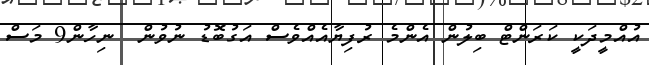
އުއްމީދަކީ ކަރަންޓް ބިލުން އެންމެ ރުފިޔާއެއްވެސް އަގުބޮޑު ނުވުން  ނިހާން9 މަސް